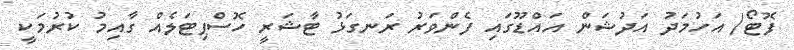
ފޮޓޯ/ އަހުމަދު އަދުޝަން އައްޑޫގައި ފެންވަރު ރަނގަޅު ޓާޝަރީ ހޮސްޕިޓަލެއް ގާއިމު ކުރުމަކީ